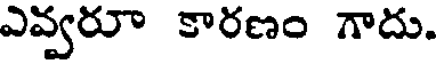
ఎవ్వరూ కారణం గాదు.